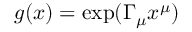
g ( x ) = \exp ( \Gamma _ { \mu } x ^ { \mu } )